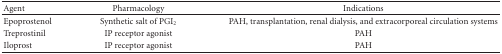
<table><thead><tr><td><b>Agent</b></td><td><b>Pharmacology</b></td><td><b>Indications</b></td></tr></thead><tbody><tr><td>Epoprostenol</td><td>Synthetic salt of PGI<sub>2</sub></td><td>PAH, transplantation, renal dialysis, and extracorporeal circulation systems</td></tr><tr><td>Treprostinil</td><td>IP receptor agonist</td><td>PAH</td></tr><tr><td>Iloprost</td><td>IP receptor agonist</td><td>PAH</td></tr></tbody></table>